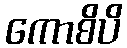
ကောစိပိ